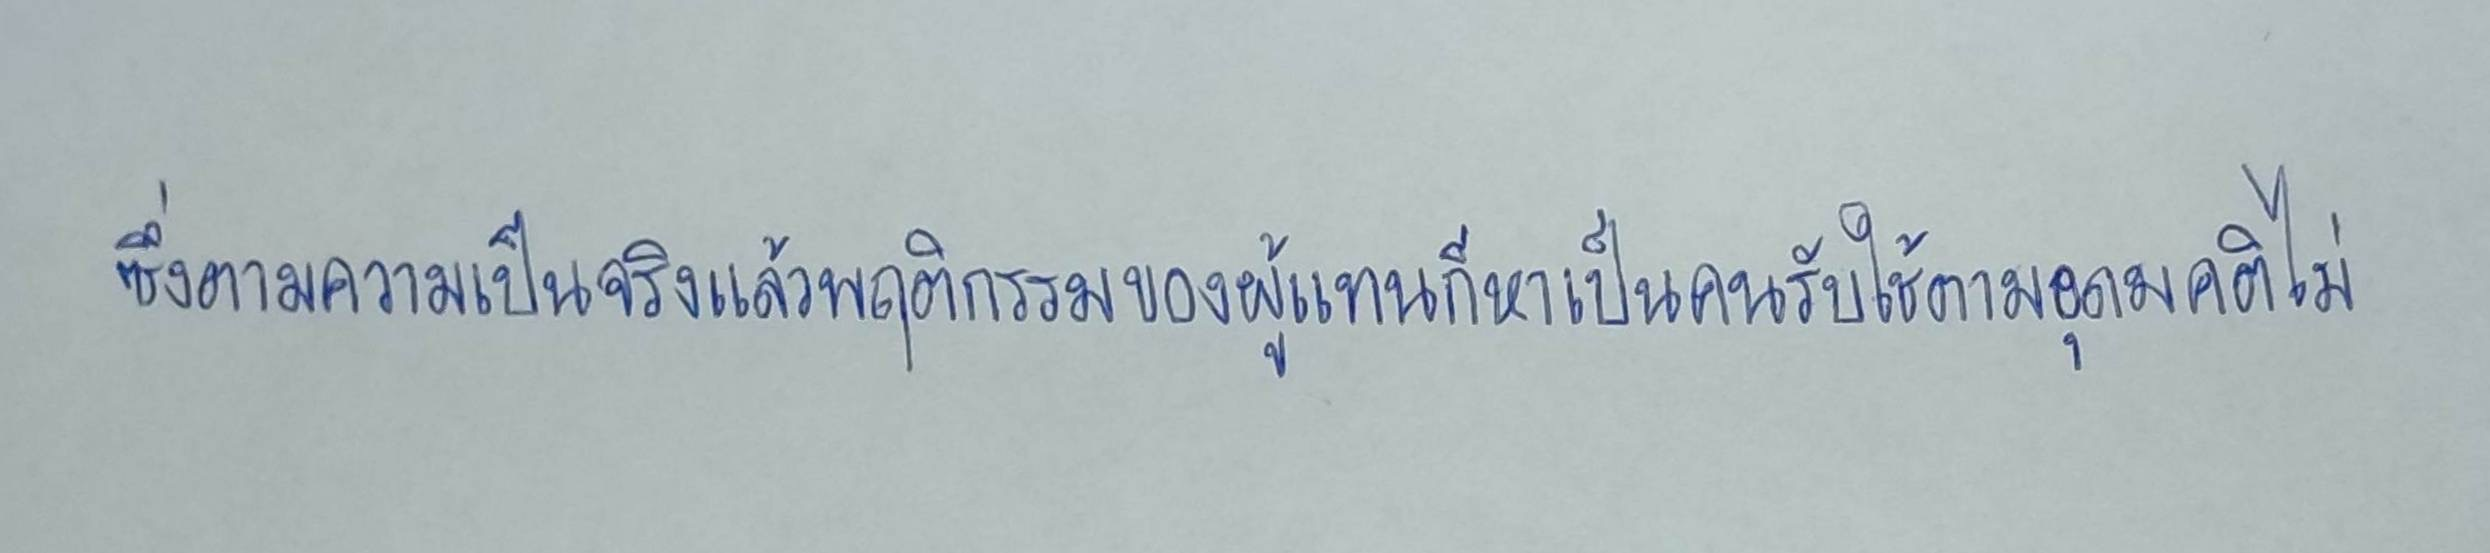
ซึ่งตามความเป็นจริงแล้วพฤติกรรมของผู้แทนก็หาเป็นคนรับใช้ตามอุดมคติไม่